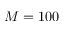
M = 1 0 0